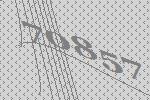
70857